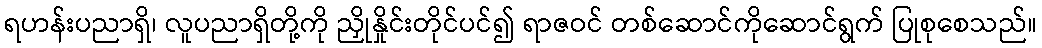
ရဟန်းပညာရှိ၊ လူပညာရှိတို့ကို ညှိုနှိုင်းတိုင်ပင်၍ ရာဇဝင် တစ်ဆောင်ကိုဆောင်ရွက် ပြုစုစေသည်။